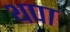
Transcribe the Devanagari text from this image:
थपा